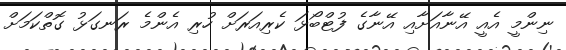
ނިންމީ އެއީ އޭނާއަށާއި އޭނާގެ ފުޓްބޯޅަ ކެރިއަރަށް ހުރި އެންމެ ރަނގަޅު ގޮތްކަމަށް